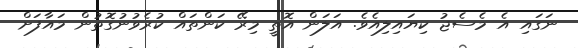
ނަގައި އެ މެސެޖު ކިޔައިލިއެވެ. އަލަން އޮތީ މިރޭ ކަންތައް ކުރެވުނުގޮތުން މައާފަށް